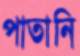
পাতানি